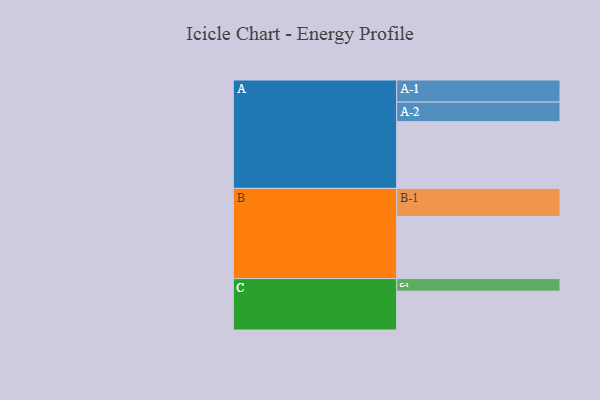
{"axis": {"x": "Segment", "y": "Value"}, "legend": ["", "A", "B", "C"], "data": [{"x": "A", "y": 558, "type": ""}, {"x": "B", "y": 520, "type": ""}, {"x": "C", "y": 325, "type": ""}, {"x": "A-1", "y": 185, "type": "A"}, {"x": "A-2", "y": 164, "type": "A"}, {"x": "B-1", "y": 235, "type": "B"}, {"x": "C-1", "y": 105, "type": "C"}]}